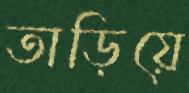
তাড়িয়ে